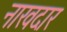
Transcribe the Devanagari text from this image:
नाखदार